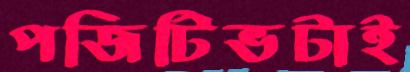
পজিটিভটাই